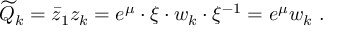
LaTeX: \widetilde Q _ { k } = { \bar { z } _ { 1 } } z _ { k } = e ^ { \mu } \cdot \xi \cdot w _ { k } \cdot \xi ^ { - 1 } = e ^ { \mu } w _ { k } \ .